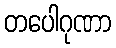
တပေါဂုဏာ